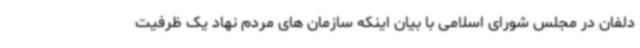
دلفان در مجلس شورای اسلامی با بیان اینکه سازمان های مردم نهاد یک ظرفیت